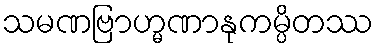
သမဏဗြာဟ္မဏာနုကမ္ပိတဿ